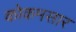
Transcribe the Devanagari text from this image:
कोकमसार